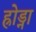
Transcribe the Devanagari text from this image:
ह्रोड्ना